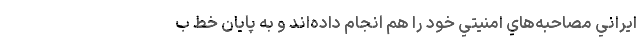
ايراني مصاحبه‌هاي امنيتي خود را هم انجام داده‌اند و به پايان خط ب